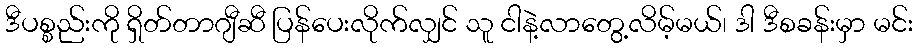
ဒီပစ္စည်းကို ရှိတ်တာဂျီဆီ ပြန်ပေးလိုက်လျှင် သူ ငါနဲ့လာတွေ့လိမ့်မယ်၊ ဒါ ဒီစခန်းမှာ မင်း